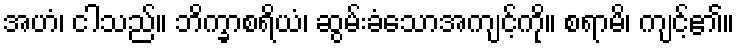
အဟံ၊ ငါသည်။ ဘိက္ခာစရိယံ၊ ဆွမ်းခံသောအကျင့်ကို။ စရာမိ၊ ကျင့်၏။